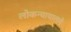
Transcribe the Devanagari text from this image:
लोकन्यायालये